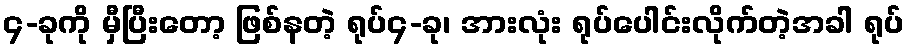
၄-ခုကို မှီပြီးတော့ ဖြစ်နတဲ့ ရုပ်၄-ခု၊ အားလုံး ရုပ်ပေါင်းလိုက်တဲ့အခါ ရုပ်